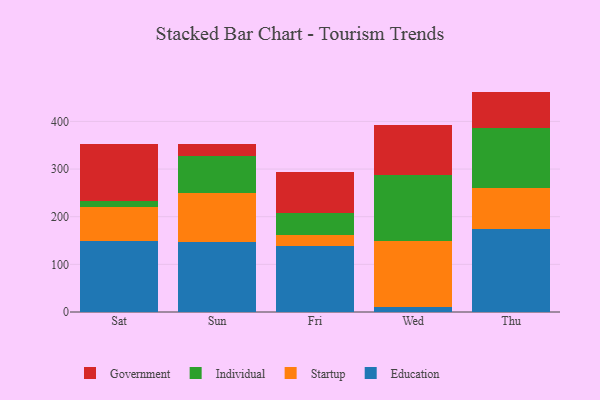
{"axis": {"x": "Day", "y": "Bounce Rate (%)"}, "legend": ["Education", "Government", "Individual", "Startup"], "data": [{"x": "Sat", "y": 148.9, "type": "Education"}, {"x": "Sat", "y": 71.4, "type": "Startup"}, {"x": "Sat", "y": 12.0, "type": "Individual"}, {"x": "Sat", "y": 120.2, "type": "Government"}, {"x": "Sun", "y": 146.0, "type": "Education"}, {"x": "Sun", "y": 103.0, "type": "Startup"}, {"x": "Sun", "y": 78.6, "type": "Individual"}, {"x": "Sun", "y": 24.6, "type": "Government"}, {"x": "Fri", "y": 138.4, "type": "Education"}, {"x": "Fri", "y": 24.2, "type": "Startup"}, {"x": "Fri", "y": 44.8, "type": "Individual"}, {"x": "Fri", "y": 86.1, "type": "Government"}, {"x": "Wed", "y": 10.2, "type": "Education"}, {"x": "Wed", "y": 139.0, "type": "Startup"}, {"x": "Wed", "y": 139.4, "type": "Individual"}, {"x": "Wed", "y": 103.4, "type": "Government"}, {"x": "Thu", "y": 173.2, "type": "Education"}, {"x": "Thu", "y": 88.1, "type": "Startup"}, {"x": "Thu", "y": 124.0, "type": "Individual"}, {"x": "Thu", "y": 77.3, "type": "Government"}]}